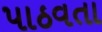
પાઠવતા